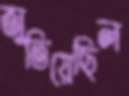
জুতিয়েছিল